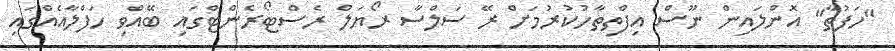
"ހަފުތާ" އޮންލައިން ނޫސް އިފްތިތާހުކުރުމަށް ރޭ ސަލްސާ ރޯޔަލް ރެސްޓޯރެންޓްގައި ބޭއްވި ހަފްލާއެއްގައި